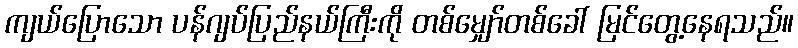
ကျယ်ပြောသော ပန်ဂျပ်ပြည်နယ်ကြီးကို တစ်မျှော်တစ်ခေါ် မြင်တွေ့နေရသည်။